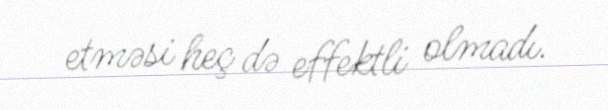
etməsi heç də effektli olmadı.